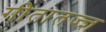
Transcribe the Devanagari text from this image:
गीतातज्ज्ञ